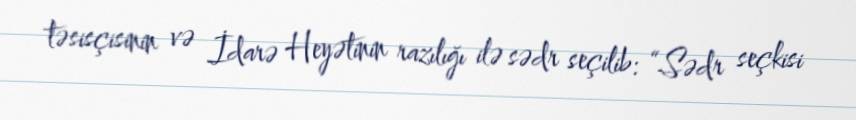
təsisçisinin və İdarə Heyətinin razılığı ilə sədr seçilib: “Sədr seçkisi